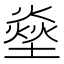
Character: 𤍢